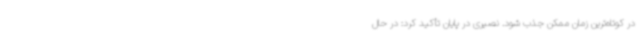
در کوتاه‌ترین زمان ممکن جذب شود. نصیری در پایان تأکید کرد: در حال